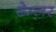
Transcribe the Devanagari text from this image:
डेम्लर